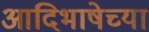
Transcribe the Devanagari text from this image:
आदिभाषेच्या